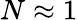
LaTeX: N\approx 1